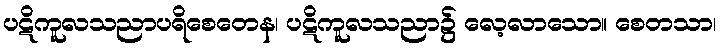
ပဋိကူလသညာပရိစေတေန၊ ပဋိကူလသညာ၌ လေ့လာသော။ စေတသာ၊